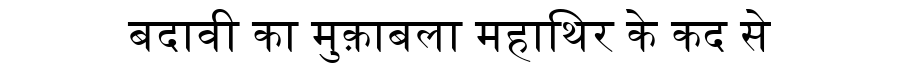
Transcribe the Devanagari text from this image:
बदावी का मुक़ाबला महाथिर के कद से